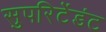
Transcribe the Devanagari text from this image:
सुपरिटेंडंट